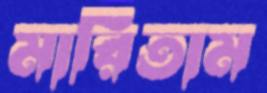
মারিতাম